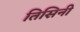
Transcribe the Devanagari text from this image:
तिसिनी